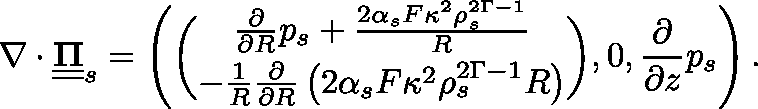
\nabla \cdot \underline { { \underline { { \mathbf { \Pi } } } } } _ { s } = \left( \binom { \frac { \partial } { \partial R } p _ { s } + \frac { 2 \alpha _ { s } F \kappa ^ { 2 } \rho _ { s } ^ { 2 \Gamma - 1 } } { R } } { - \frac { 1 } { R } \frac { \partial } { \partial R } \left( 2 \alpha _ { s } F \kappa ^ { 2 } \rho _ { s } ^ { 2 \Gamma - 1 } R \right) } , 0 , \frac { \partial } { \partial z } p _ { s } \right) .